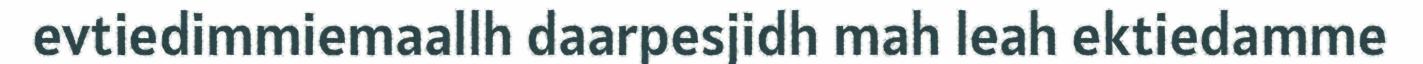
evtiedimmiemaallh daarpesjidh mah leah ektiedamme